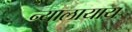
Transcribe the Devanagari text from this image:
न्यालायाय